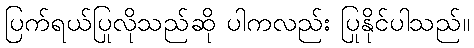
ပြက်ရယ်ပြုလိုသည်ဆို ပါကလည်း ပြုနိုင်ပါသည်။